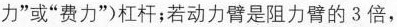
力”或”费力”)杠杆；若动力臂是阻力臂的3倍，